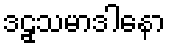
ဒဠှသမာဒါနော